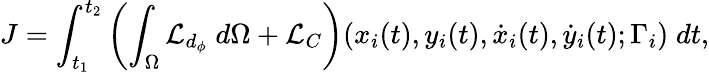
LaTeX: J=\int_{t_{1}}^{t_{2}}\left(\int_{\Omega}\mathcal{L}_{d_{\phi}}\; d\Omega+\mathcal{L}_{C}\right)(x_{i}(t),y_{i}(t),\dot{x}_{i}(t),\dot{y}_{i}(t);\Gamma_{i})\; dt,